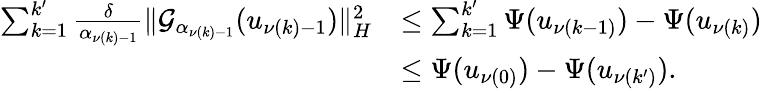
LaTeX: \begin{array}{rl}{\sum_{k=1}^{k^{\prime}}\frac{\delta}{{\alpha}_{\nu(k)-1}}\| {\mathcal{G}}_{{\alpha}_{\nu(k)-1}}(u_{\nu(k)-1})\| _{H}^{2}}&{\leq\sum_{k=1}^{k^{\prime}}{\Psi}(u_{\nu(k-1)})-{\Psi}(u_{\nu(k)})}\\ &{\leq{\Psi}(u_{\nu(0)})-{\Psi}(u_{\nu(k^{\prime})}).}\end{array}